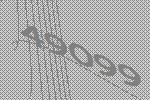
49099